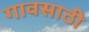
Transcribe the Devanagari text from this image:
गावसाठी